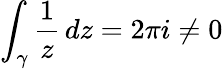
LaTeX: \int_{\gamma}{\frac{1}{z}}\, dz=2\pi i\neq 0